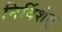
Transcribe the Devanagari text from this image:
निर्दिशेत्